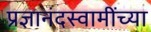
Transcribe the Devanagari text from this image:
प्रज्ञानंदस्वामींच्या